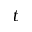
t